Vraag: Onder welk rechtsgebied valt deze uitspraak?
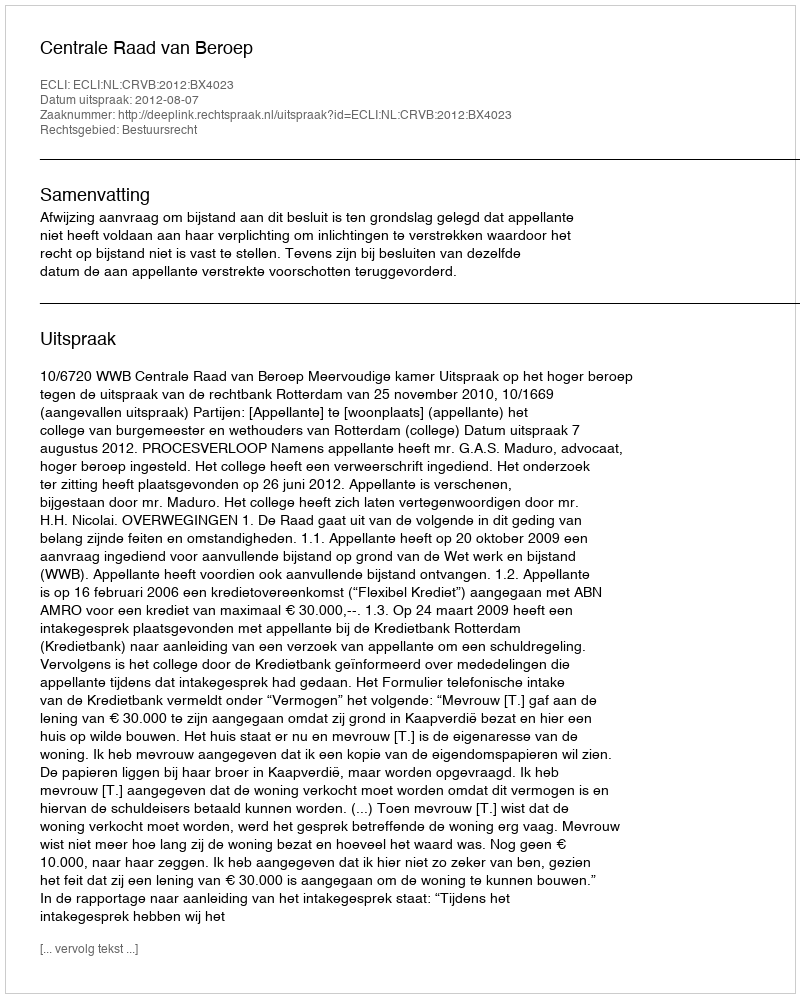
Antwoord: Bestuursrecht